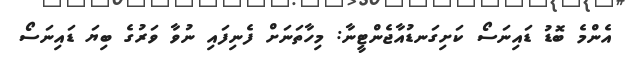
އެންމެ ބޮޑު ޑައިނަސޯ ކަށިގަނޑުއާޖެންޓީނާ: މިހާތަނަށް ފެނިފައި ނުވާ ވަރުގެ ބިޔަ ޑައިނަސޯ